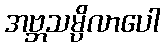
အဗ္ဘသမ္ပိလာပေါ